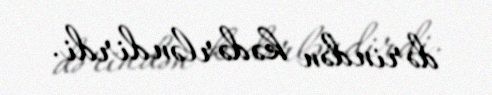
dərindən kədərləndirdi.